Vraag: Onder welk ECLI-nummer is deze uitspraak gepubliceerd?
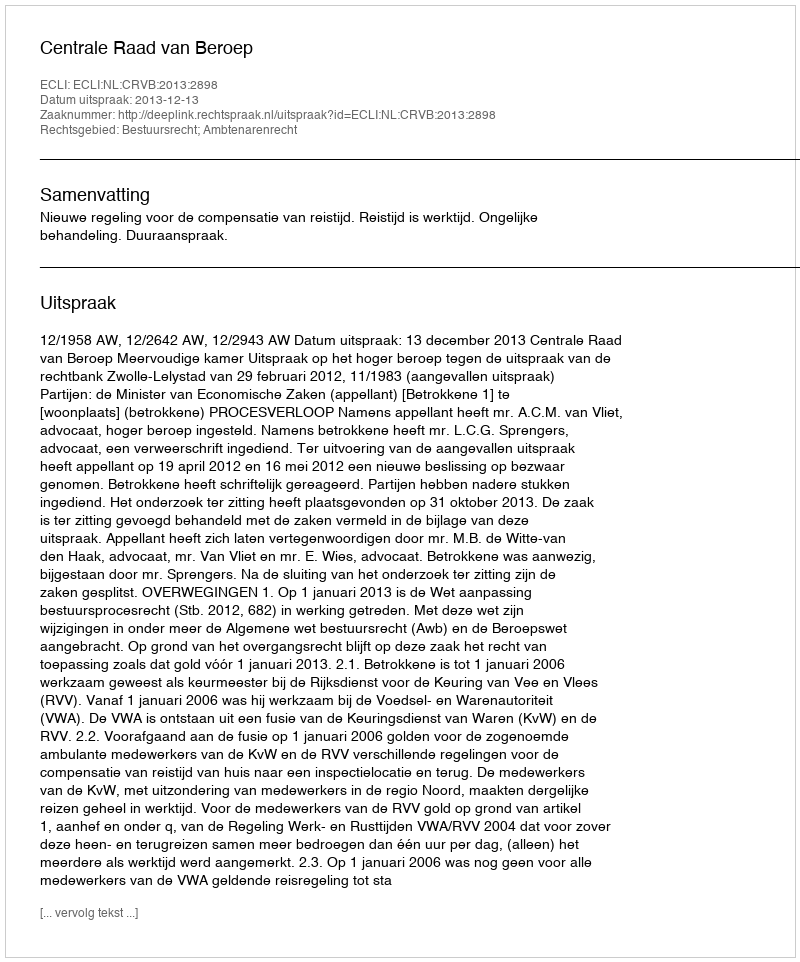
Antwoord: ECLI:NL:CRVB:2013:2898